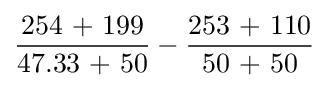
{\frac {\mbox{254 + 199}}{\mbox{47.33 + 50}}}-{\frac {\mbox{253 + 110}}{\mbox{50 + 50}}}